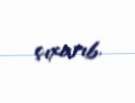
çıxarıb.